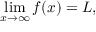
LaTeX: \operatorname* { l i m } _ { x \to \infty } f ( x ) = L ,